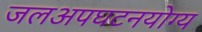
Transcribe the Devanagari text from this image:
जलअपघटनयोग्य